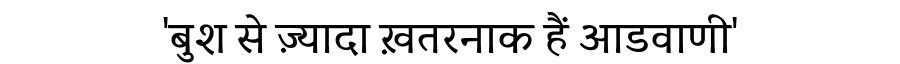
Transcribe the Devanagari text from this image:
'बुश से ज़्यादा ख़तरनाक हैं आडवाणी'